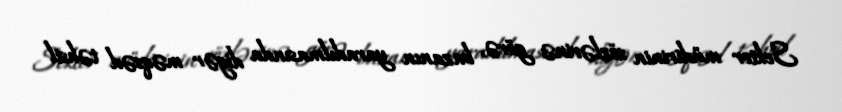
Sektor müdirinin sözlərinə görə, bazanın yaradılmasında digər məqsəd təhsil